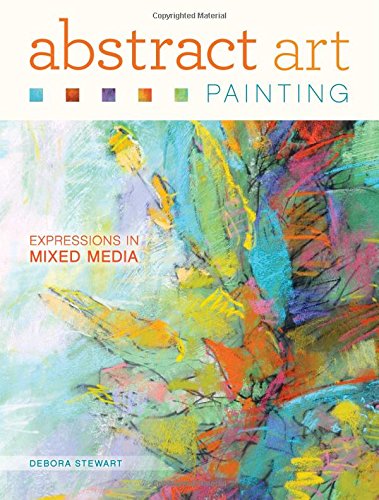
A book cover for Abstract Art Painting: Expressions in Mixed Media; Debora Stewart; Arts & Photography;